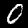
Label: 0